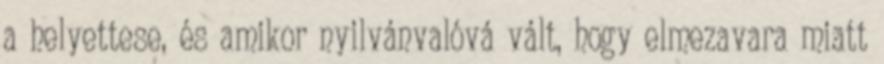
a helyettese, és amikor nyilvánvalóvá vált, hogy elmezavara miatt